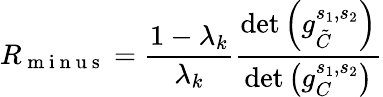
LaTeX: R_{\mathrm{~m~i~n~u~s~}}=\frac{1-\lambda_{k}}{\lambda_{k}}\frac{\operatorname*{det}\left(g_{\tilde{C}}^{s_{1},s_{2}}\right)}{\operatorname*{det}\left(g_{C}^{s_{1},s_{2}}\right)}